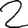
Digit: 2